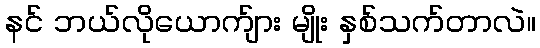
နင် ဘယ်လိုယောက်ျား မျိုး နှစ်သက်တာလဲ။